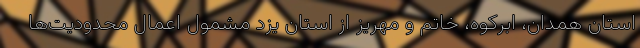
استان همدان، ابرکوه، خاتم و مهریز از استان یزد مشمول اعمال محدودیت‌ها